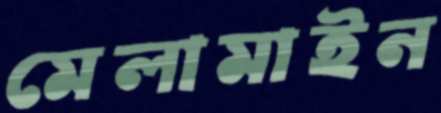
মেলামাইন